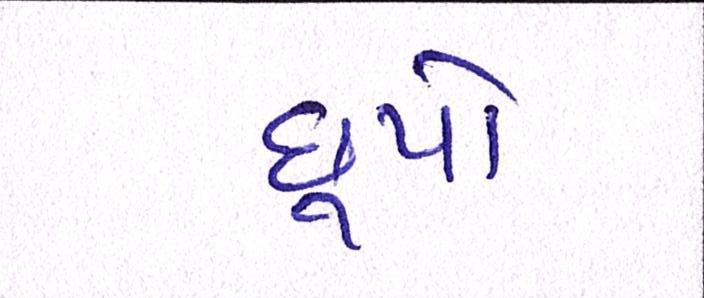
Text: છૂપો